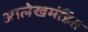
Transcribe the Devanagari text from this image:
आलेखमंडित